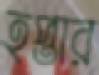
হপ্তার